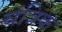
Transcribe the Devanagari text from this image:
यंत्रिक